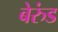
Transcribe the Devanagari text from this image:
बेरुंड